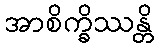
အာစိက္ခိဿန္တိ